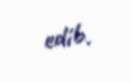
edib.